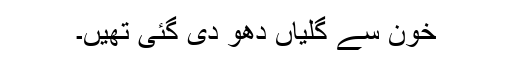
خون سے گلیاں دھو دی گئی تھیں۔